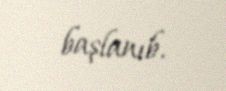
başlanıb.